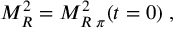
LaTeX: M _ { R } ^ { 2 } = { \cal M } _ { R \; \pi } ^ { 2 } ( t = 0 ) \; ,